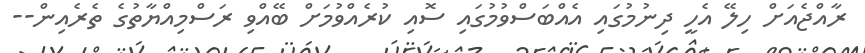
ރާއްޖެއަށް ހިލޭ އެހީ ދިނުމުގައި އެއްބަސްވުމުގައި ސޮއި ކުރެއްވުމަށް ބޭއްވި ރަސްމިއްޔާތުގެ ތެރެއިން--